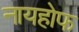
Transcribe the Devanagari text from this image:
नायहोफ